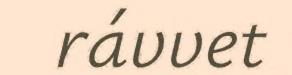
rávvet